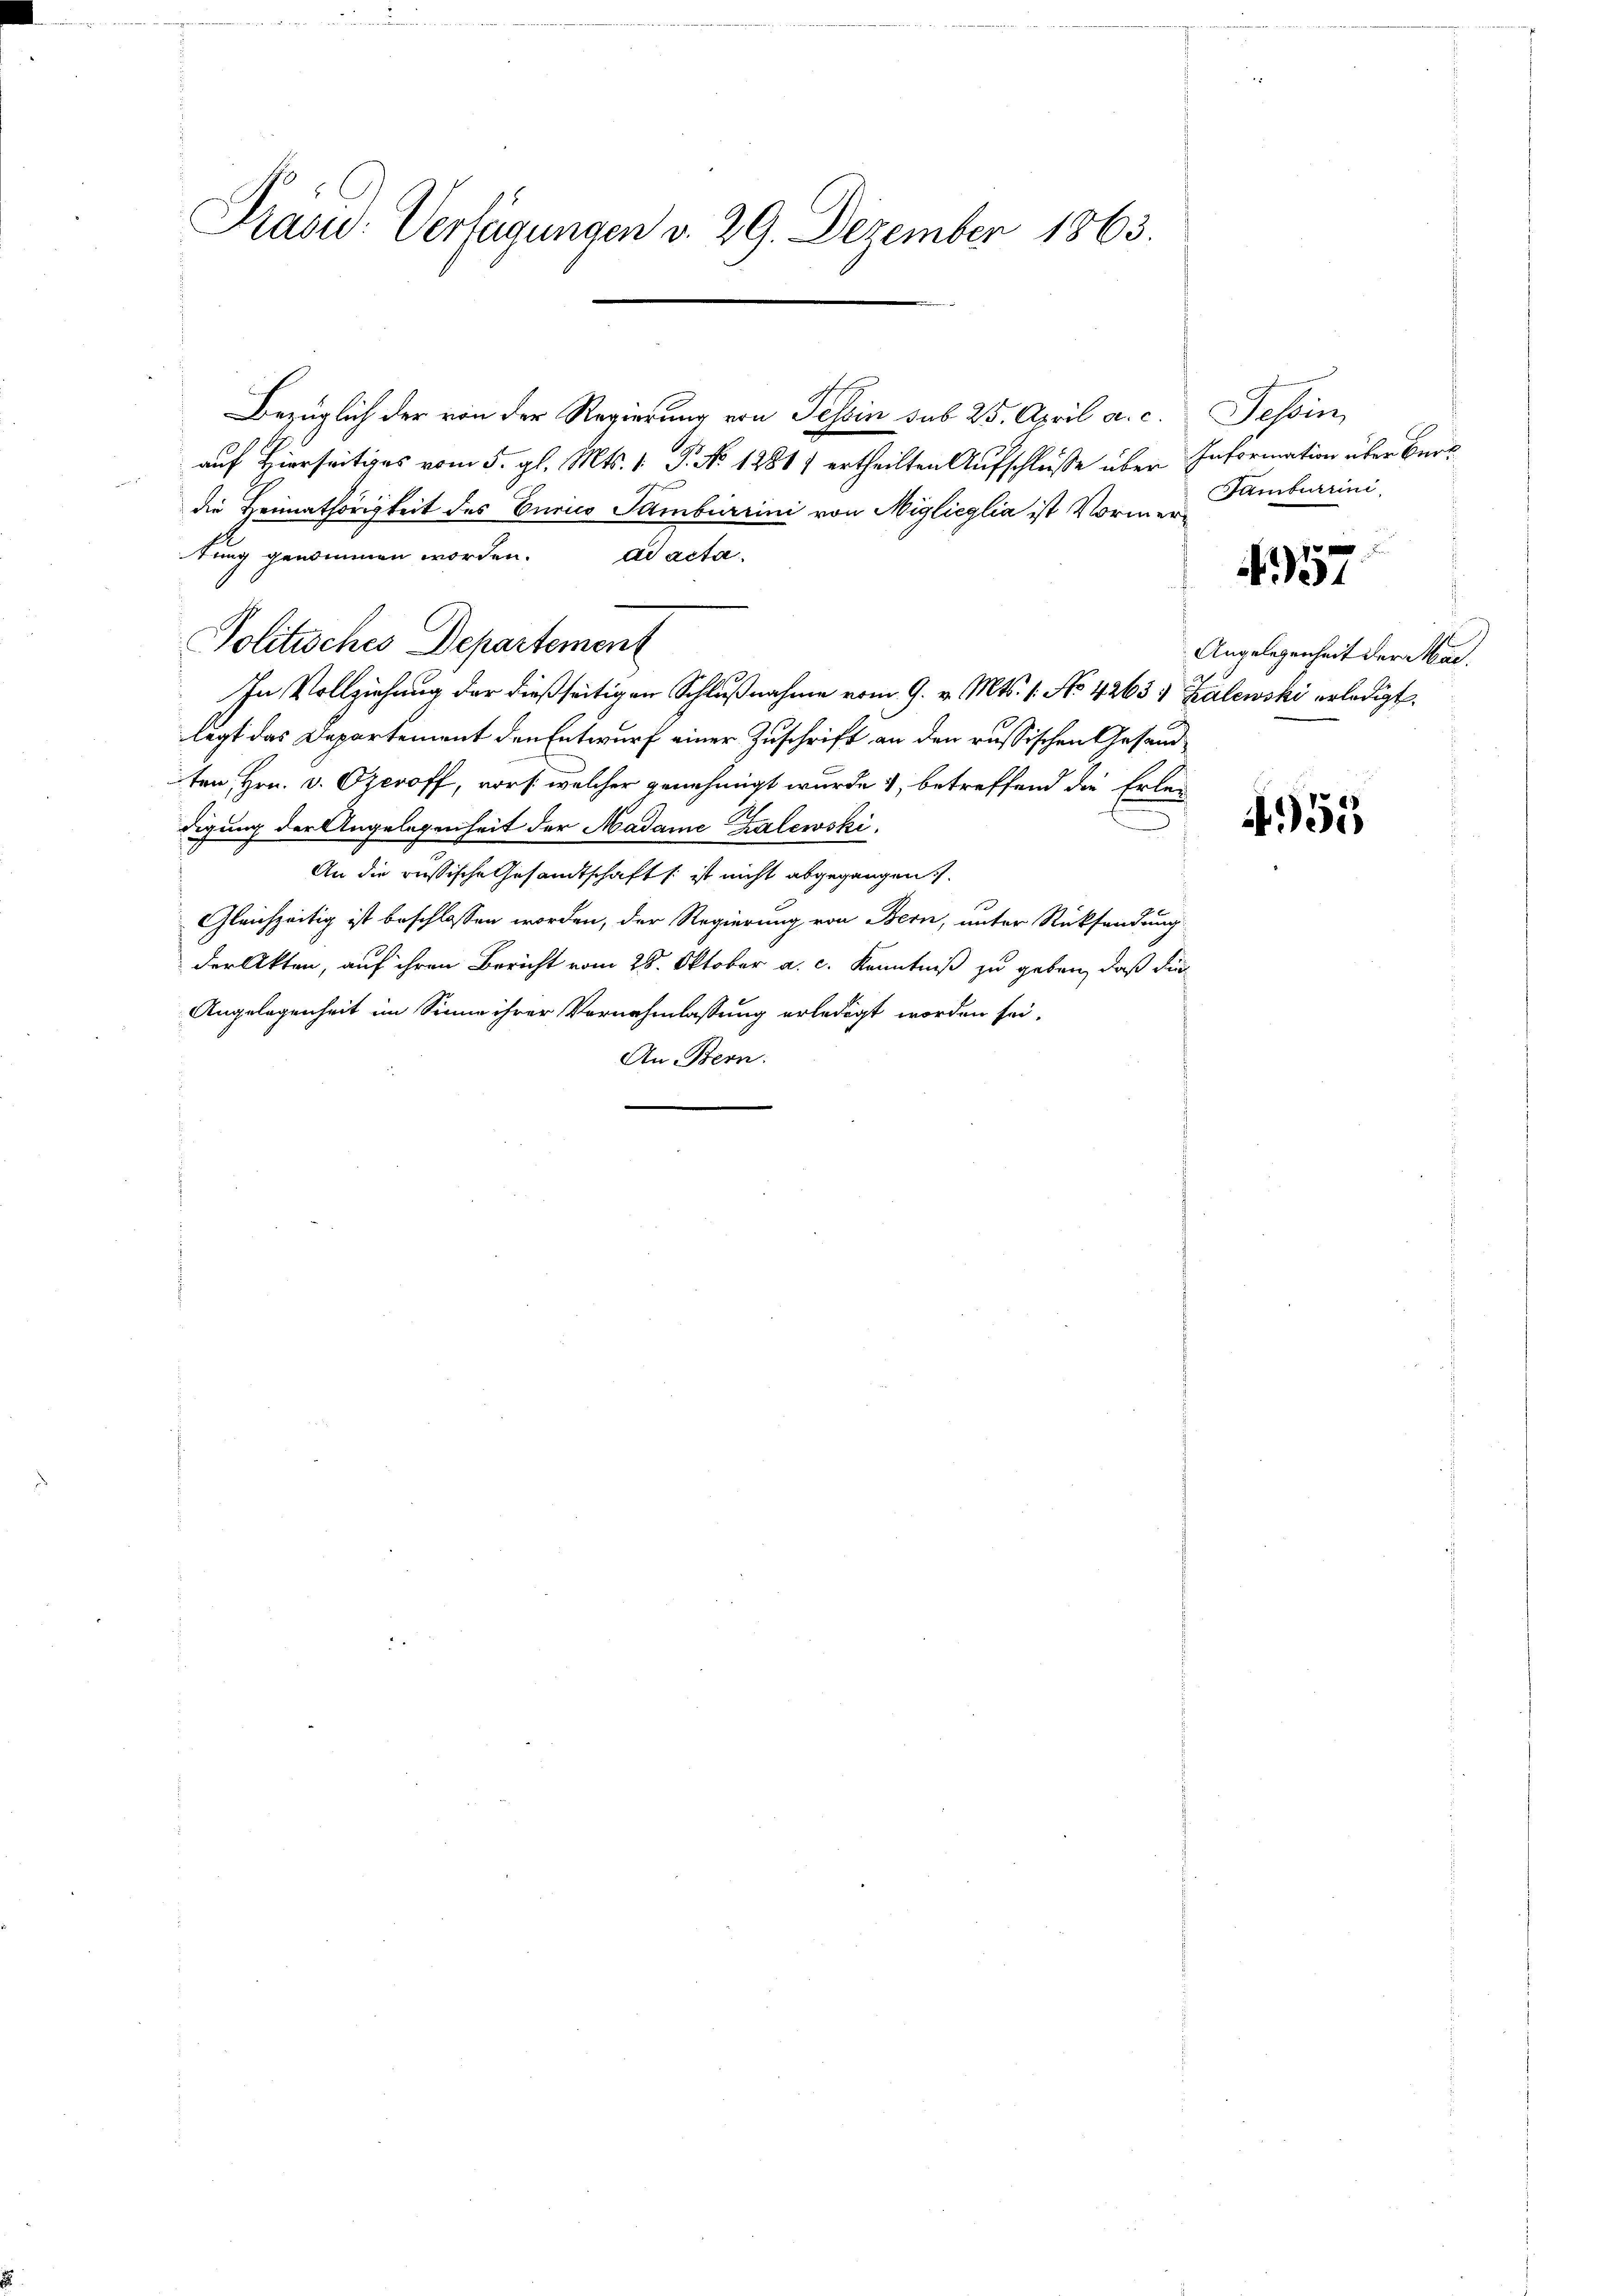
Präsu: Verfügungen v. 29. Dezember 1863.

Bezüglich der von der Regierung von Tessin sub 25. April a. c.
auf Hierseitiges vom 5. gl. Mts. 1 P. No 12811 ertheilten Aufschlüsse über Information über Beri
die Heimathörigkeit des Curico Tambirrini von Miglicylia ist Vormertung genommen worden. ad acta
In Vollziehung der dießseitigen Schlußnahme vom 9. v. Mts. 1. No. 42631 Zalewski erledigt
legt das Departement den Entwurf einer Zuschrift an den russischen Gesandten, Hrn. v. Czeroff, vor s. welcher genehmigt wurde, betreffend die Erledigung der Angelegenheit der Madame Kalewski
An die russische Gesandtschaft (: ist nicht abgegangen.
Gleichzeitig ist beschlossen worden, der Regierung von Bern, unter Rücksendung
der Akten, auf ihren Bericht vom 28. Oktober a. c. Kenntniß zu geben, daß die
Angelegenheit im Sinne ihrer Vornehmlassung erledigt worden sei.
An Bern:

Politisches Departement

Tessin,
Gambirrini

457

Angelegenheit der Mar¬

955